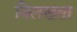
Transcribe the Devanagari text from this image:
विलखता